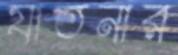
যাতনার